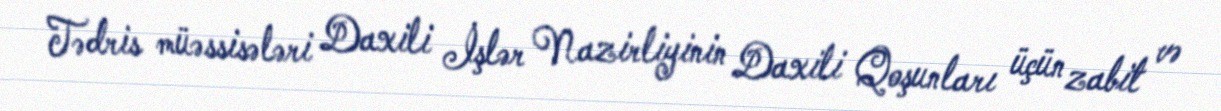
Tədris müəssisələri Daxili İşlər Nazirliyinin Daxili Qoşunları üçün zabit və